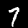
Digit: 7